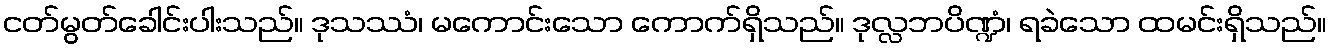
ငတ်မွတ်ခေါင်းပါးသည်။ ဒုသဿံ၊ မကောင်းသော ကောက်ရှိသည်။ ဒုလ္လဘပိဏ္ဍံ၊ ရခဲသော ထမင်းရှိသည်။